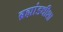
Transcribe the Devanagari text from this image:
ब्रह्मांडधीशा